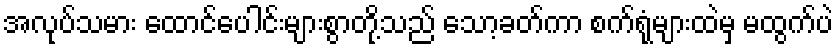
အလုပ်သမား ထောင်ပေါင်းများစွာတို့သည် သော့ခတ်ကာ စက်ရုံများထဲမှ မထွက်ပဲ